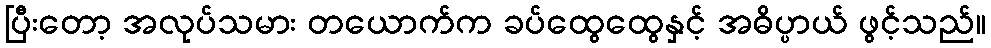
ပြီးတော့ အလုပ်သမား တယောက်က ခပ်ထွေထွေနှင့် အဓိပ္ပာယ် ဖွင့်သည်။